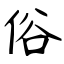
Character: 俗